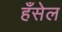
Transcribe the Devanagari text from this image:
हँसेल